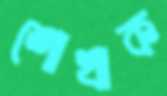
শোখাক